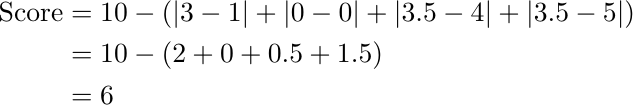
\begin{align*}
\text{Score} &= 10 - \left( \left| 3-1 \right| + \left| 0-0 \right| + \left| 3.5-4 \right| + \left| 3.5-5 \right| \right) \\
&= 10 - \left( 2 + 0 + 0.5 + 1.5 \right) \\
&= 6
\end{align*}